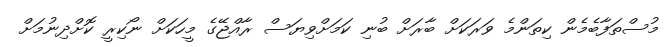
މުސްތަފާބެމެން ކިތަންމެ ވަރަކަށް ބާރަށް ބުނި ކަމަށްވިޔަސް ރާއްޖޭގެ މީހަކަށް ނޯކިރީ ކޮށްދިނުމަށް